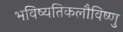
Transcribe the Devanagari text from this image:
भविष्यतिकलौविष्णु